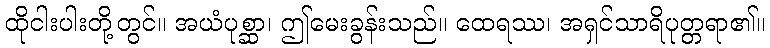
ထိုငါးပါးတို့တွင်။ အယံပုစ္ဆာ၊ ဤမေးခွန်းသည်။ ထေရဿ၊ အရှင်သာရိပုတ္တရာ၏။